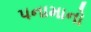
પનામાનો